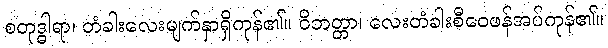
စတုဒ္ဓါရာ၊ တံခါးလေးမျက်နှာရှိကုန်၏။ ဝိဘတ္တာ၊ လေးတံခါးစီဝေဖန်အပ်ကုန်၏။